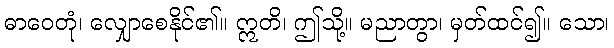
ဓာဝေတုံ၊ လျှောစေနိုင်၏။ ဣတိ၊ ဤသို့။ မညာတွာ၊ မှတ်ထင်၍။ သော၊